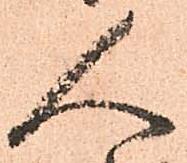
人